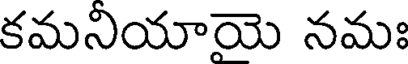
కమనియాయె నమః